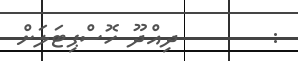
:        ދިއްދޫ ހޮސްޕިޓަލަށް